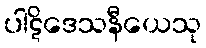
ပါဋိဒေသနီယေသု